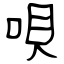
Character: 唄